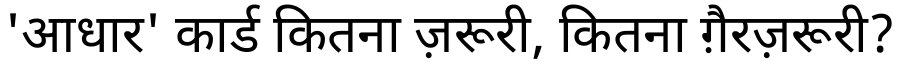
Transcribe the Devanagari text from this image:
'आधार' कार्ड कितना ज़रूरी, कितना ग़ैरज़रूरी?